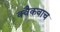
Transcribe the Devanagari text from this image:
क्वैकवाच